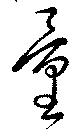
量